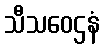
သီသဝေဌနံ